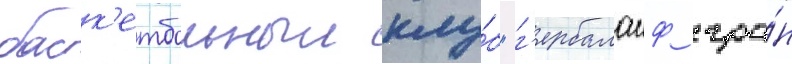
баск'етбольныи клу́б "г'ербалаиф гра́н